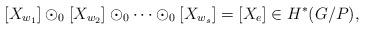
LaTeX: \begin{align*}[X_{w_1}]\odot_0 [X_{w_2}]\odot_0\dots\odot_0[X_{w_s}]=[X_e]\in H^*(G/P),\end{align*}